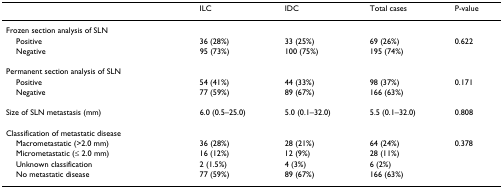
|  | ILC | IDC | Total cases | P-value |
 | --- | --- | --- | --- | --- |
 | Frozen section analysis of SLN |  |  |  |  |
 | Positive | 36 (28%) | 33 (25%) | 69 (26%) | 0.622 |
 | Negative | 95 (73%) | 100 (75%) | 195 (74%) |  |
 | Permanent section analysis of SLN |  |  |  |  |
 | Positive | 54 (41%) | 44 (33%) | 98 (37%) | 0.171 |
 | Negative | 77 (59%) | 89 (67%) | 166 (63%) |  |
 | Size of SLN metastasis (mm) | 6.0 (0.5–25.0) | 5.0 (0.1–32.0) | 5.5 (0.1–32.0) | 0.808 |
 | Classification of metastatic disease |  |  |  |  |
 | Macrometastatic (>2.0 mm) | 36 (28%) | 28 (21%) | 64 (24%) | 0.378 |
 | Micrometastatic (≤ 2.0 mm) | 16 (12%) | 12 (9%) | 28 (11%) |  |
 | Unknown classification | 2 (1.5%) | 4 (3%) | 6 (2%) |  |
 | No metastatic disease | 77 (59%) | 89 (67%) | 166 (63%) |  |